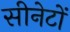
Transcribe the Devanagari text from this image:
सीनेटों